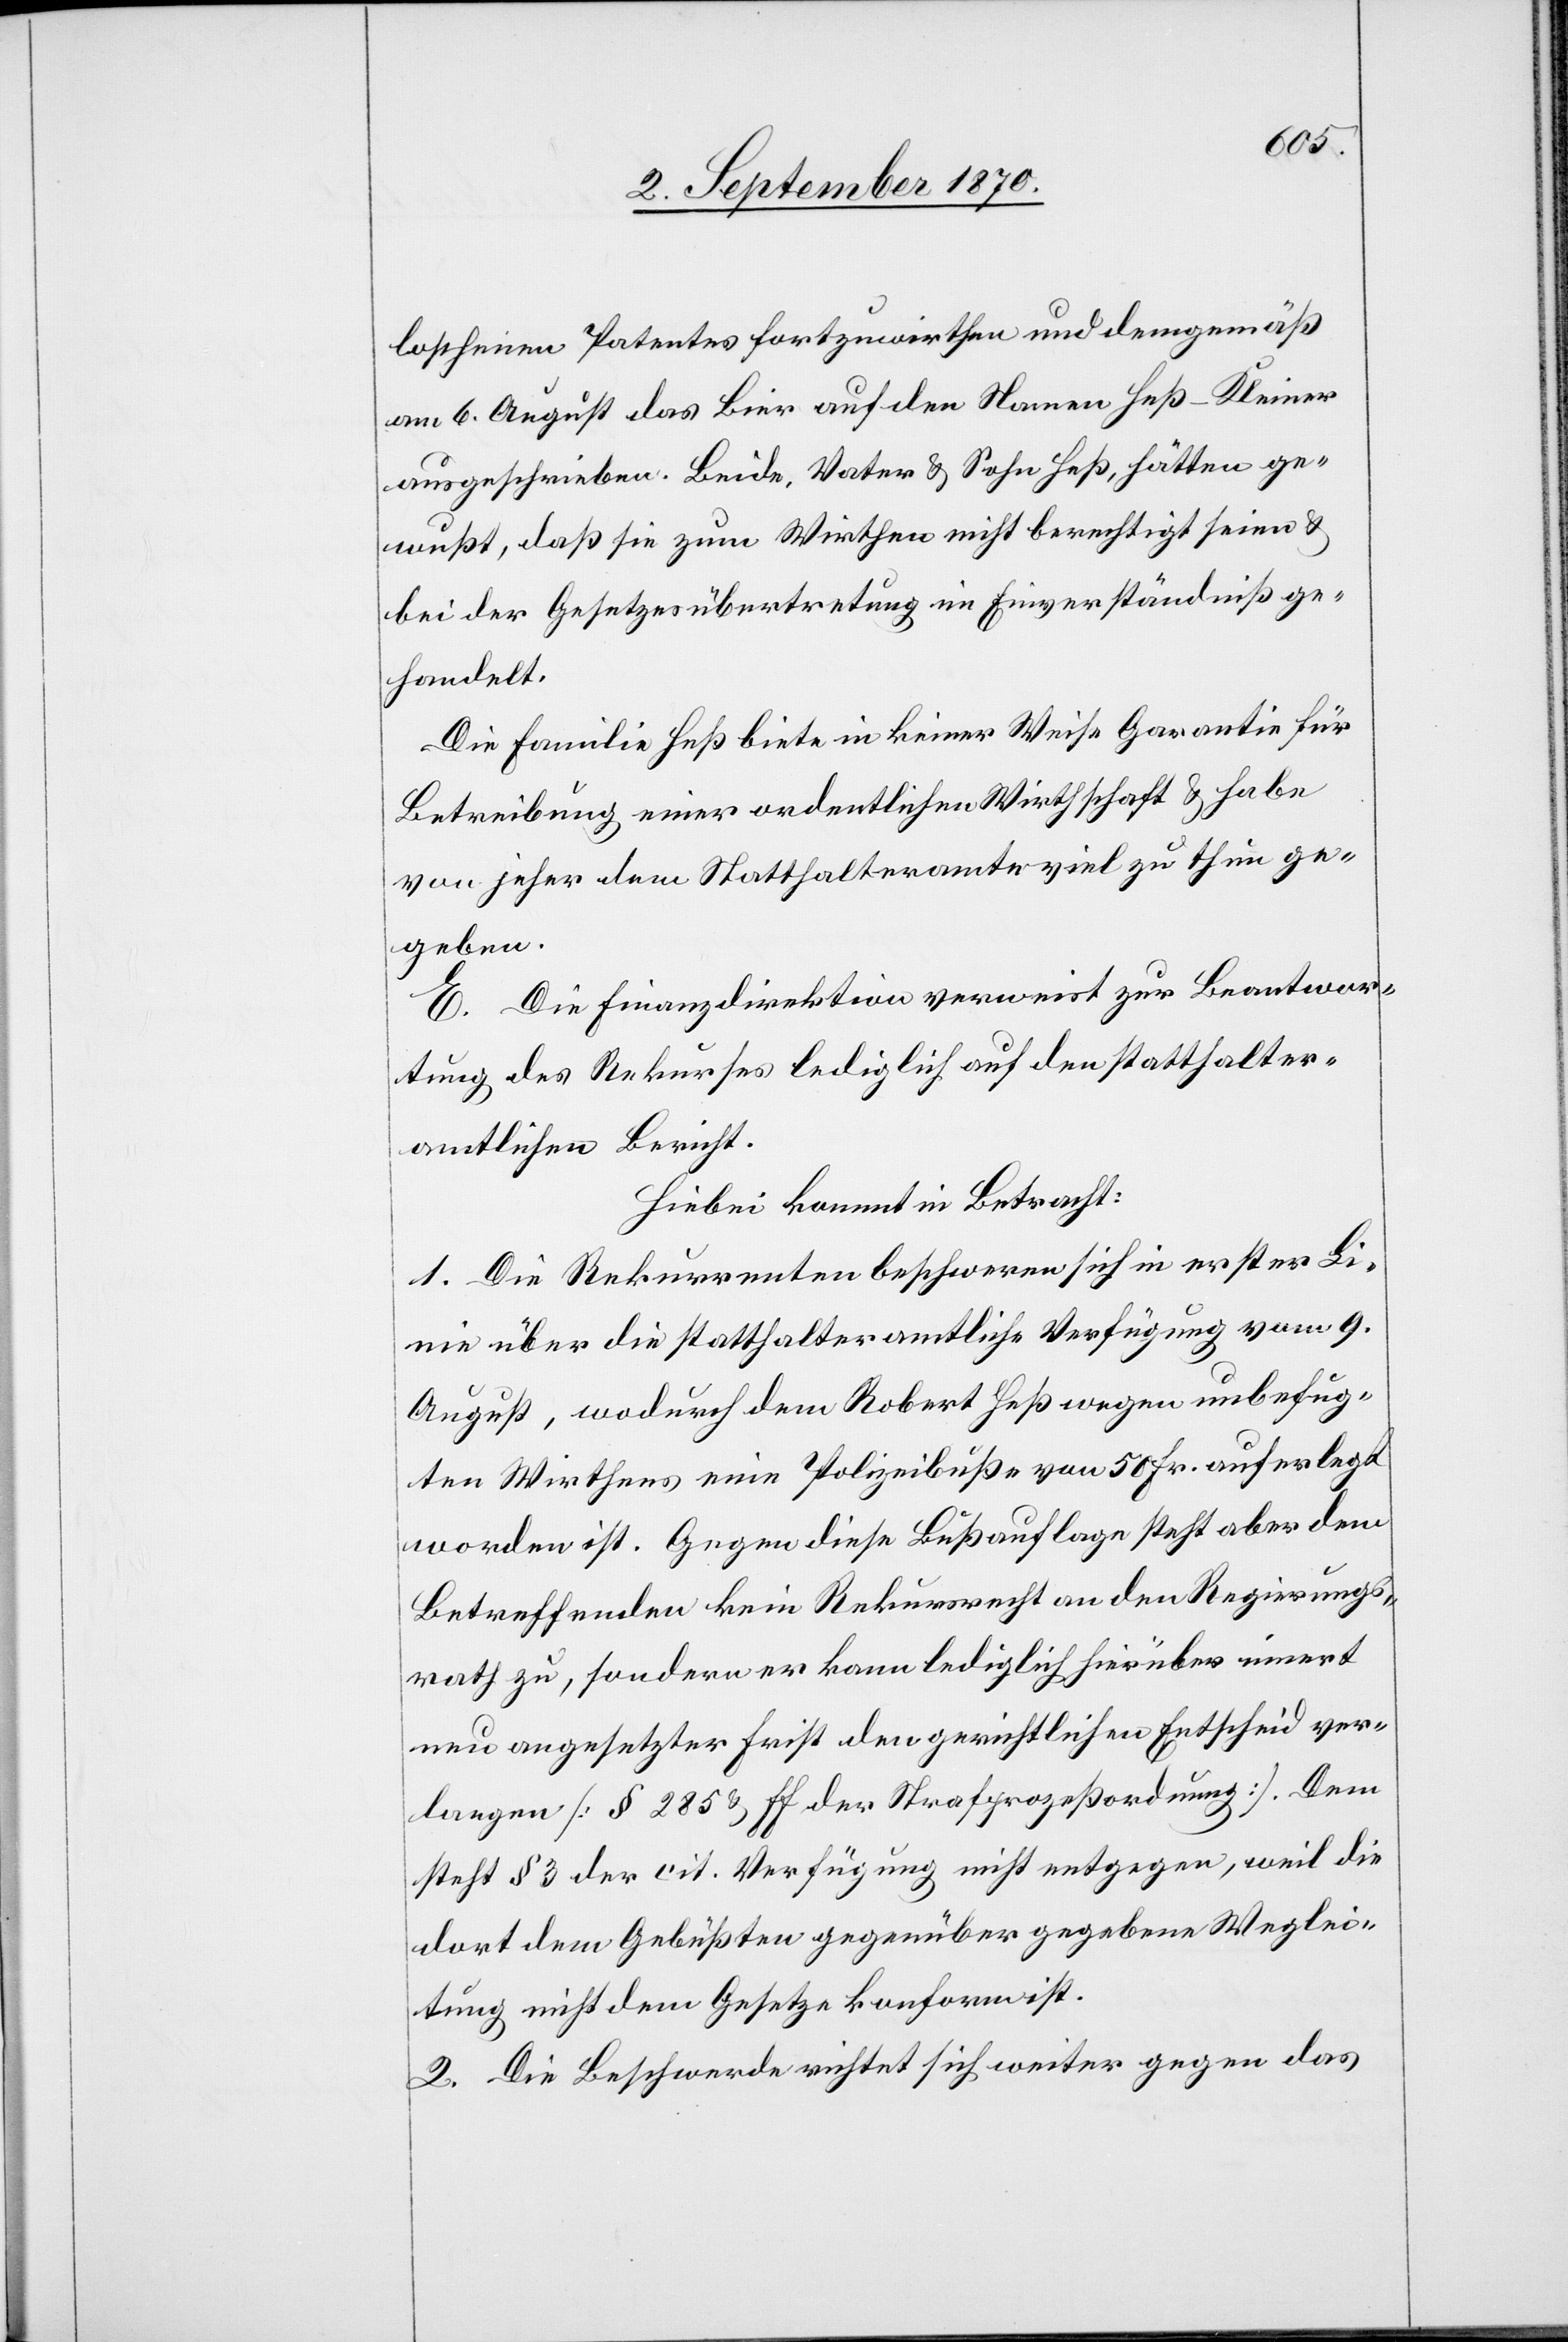
loschenen Patentes fortzuwirthen und demgemäß
am 6. August das Bier auf den Namen Heß-Kleiner
ausgeschrieben. Beide, Vater & Sohn Heß, hätten ge¬
wußt, daß sie zum Wirthen nicht berechtigt seien &
bei der Gesetzesübertretung im Einverständniß ge¬
handelt.
Die Familie Heß biete in keiner Weise Garantie für
Betreibung einer ordentlichen Wirthschaft & habe
von jeher dem Statthalteramte viel zu thun ge¬
geben.
E. Die Finanzdirektion verweist zur Beantwor¬
tung des Rekurses lediglich auf den statthalter¬
amtlichen Bericht.
Hiebei kommt in Betracht:
1. Die Rekurrenten beschweren sich in erster Li¬
nie über die statthalteramtliche Verfügung vom 9.
August, wodurch dem Robert Heß wegen unbefug¬
ten Wirthens eine Polizeibuße von 50 Fr. auferlegt
worden ist. Gegen diese Bußauflage steht aber dem
Betreffenden kein Rekursrecht an den Regierungs¬
rath zu, sondern er kann lediglich hierüber innert
neu angesetzter Frist den gerichtlichen Entscheid ver¬
langen [§ 285 & ff der Strafprozeßordnung]. Dem
steht § 3 der cit. Verfügung nicht entgegen, weil die
dort dem Gebüßten gegenüber gegebene Weglei¬
tung nicht dem Gesetze konform ist.
2. Die Beschwerde richtet sich weiter gegen das